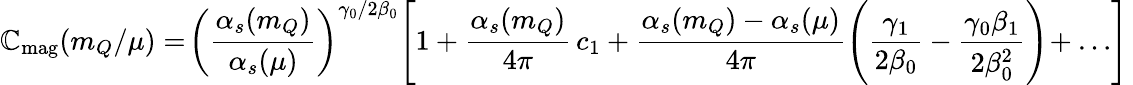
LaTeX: \mathbb{C}_{\mathrm{{mag}}}(m_{Q}/\mu)=\! \left(\frac{{\alpha_{s}(m_{Q})}}{{\alpha_{s}(\mu)}}\right)^{\gamma_{0}/2\beta_{0}}\! \left[1+\frac{{\alpha_{s}(m_{Q})}}{{4\pi}}\, c_{1}+\frac{{\alpha_{s}(m_{Q})-\alpha_{s}(\mu)}}{{4\pi}}\left(\frac{{\gamma_{1}}}{{2\beta_{0}}}-\frac{{\gamma_{0}\beta_{1}}}{{2\beta_{0}^{2}}}\right)\! +\dots\right]\,